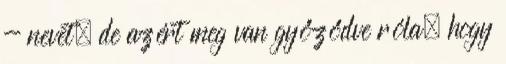
- nevet, de azért meg van győződve róla, hogy